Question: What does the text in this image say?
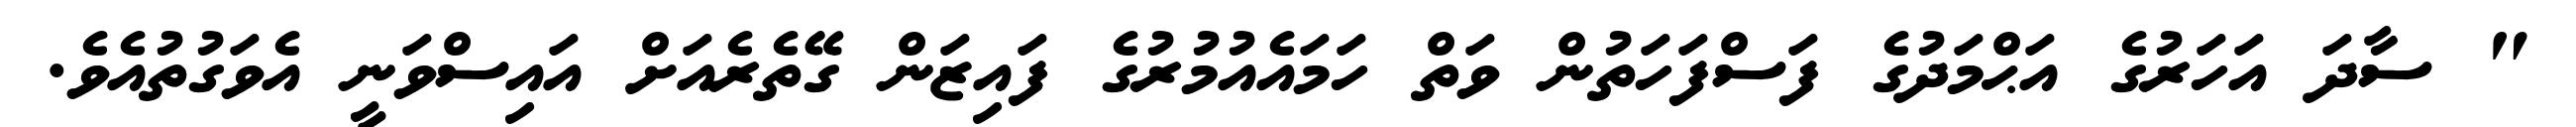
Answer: " ސާދަ އަހަރުގެ އަޙްމަދުގެ ފަސްފަހަތުން ވަތް ހަމައެއުމުރުގެ ފައިޒަން ގޭތެރެއަށް އައިސްވަނީ އެވަގުތުއެވެ.